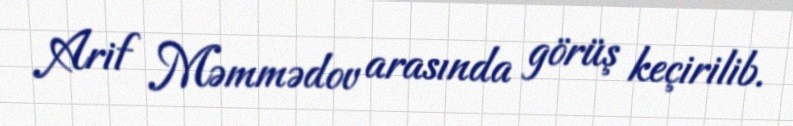
Arif Məmmədov arasında görüş keçirilib.